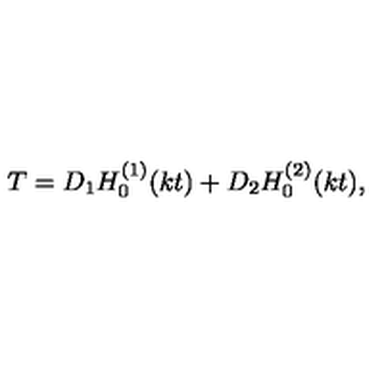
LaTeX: T = D _ { 1 } H _ { 0 } ^ { ( 1 ) } ( k t ) + D _ { 2 } H _ { 0 } ^ { ( 2 ) } ( k t ) ,